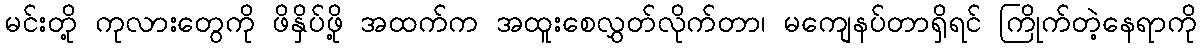
မင်းတို့ ကုလားတွေကို ဖိနှိပ်ဖို့ အထက်က အထူးစေလွှတ်လိုက်တာ၊ မကျေနပ်တာရှိရင် ကြိုက်တဲ့နေရာကို